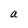
Character: a